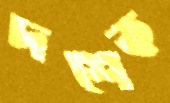
দশেক